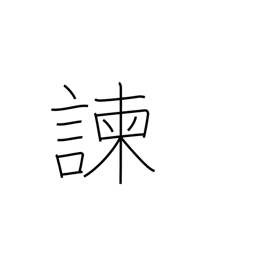
Meaning: dissuade